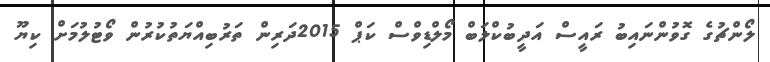
ލޯންޗުގެ ގޮވުންނައިބު ރައީސް އަދީބުކްލަބް މޯލްޑިވްސް ކަޕް 2015ދަރިން ތަރުބިއްޔަތުކުރުން ވޯޓުލުމަށް ކިޔޫ